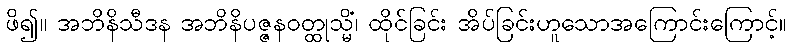
ဖိ၍။ အဘိနိသီဒန အဘိနိပဇ္ဇနဝတ္ထုသ္မိံ၊ ထိုင်ခြင်း အိပ်ခြင်းဟူသောအကြောင်းကြောင့်။